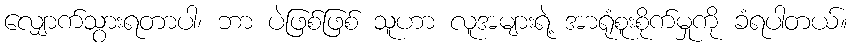
လျှောက်သွားရတာပါ၊ ဘာ ပဲဖြစ်ဖြစ် သူဟာ လူအများရဲ့ အာရုံစူးစိုက်မှုကို ခံရပါတယ်။